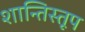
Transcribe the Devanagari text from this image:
शान्तिस्‍तूप